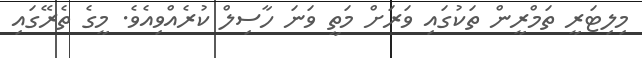
މިލިޓަރީ ތަމްރީން ތަކުގައި ވަރަށް މަތީ ވަނަ ހާސިލް ކުރެއްވިއެވެ. މީގެ ތެރޭގައި